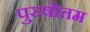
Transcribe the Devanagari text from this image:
पुस्र्षोत्तम